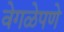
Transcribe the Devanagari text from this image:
वेगळेपणे